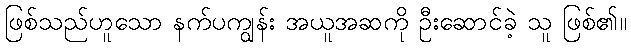
ဖြစ်သည်ဟူသော နက်ပကျွန်း အယူအဆကို ဦးဆောင်ခဲ့ သူ ဖြစ်၏။